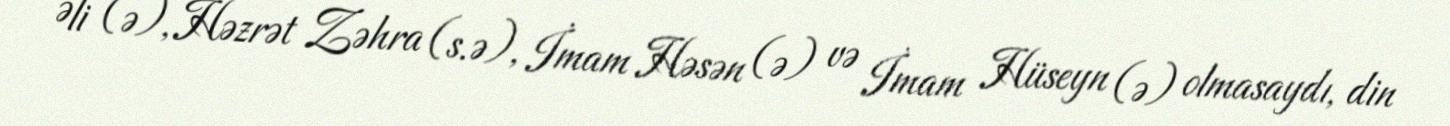
Əli (ə), Həzrət Zəhra (s.ə), İmam Həsən (ə) və İmam Hüseyn (ə) olmasaydı, din